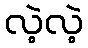
လဲ့လဲ့